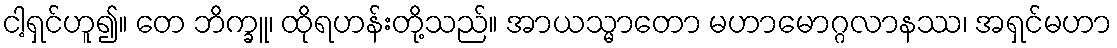
ငါ့ရှင်ဟူ၍။ တေ ဘိက္ခူ၊ ထိုရဟန်းတို့သည်။ အာယသ္မာတော မဟာမောဂ္ဂလာနဿ၊ အရှင်မဟာ